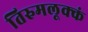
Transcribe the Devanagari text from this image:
तिरुमलूक्कं